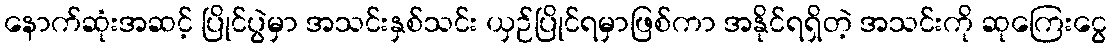
နောက်ဆုံးအဆင့် ပြိုင်ပွဲမှာ အသင်းနှစ်သင်း ယှဉ်ပြိုင်ရမှာဖြစ်ကာ အနိုင်ရရှိတဲ့ အသင်းကို ဆုကြေးငွေ